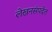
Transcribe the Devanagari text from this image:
लेखनसंपदेत